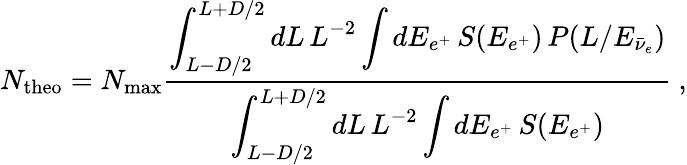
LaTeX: N_{\mathrm{theo}}=N_{\mathrm{max}}\frac{\displaystyle\int_{L-D/2}^{L+D/2}dL\, L^{-2}\int dE_{e^{+}}\, S(E_{e^{+}})\, P(L/E_{\bar{\nu}_{e}})}{\displaystyle\int_{L-D/2}^{L+D/2}dL\, L^{-2}\int dE_{e^{+}}\, S(E_{e^{+}})}\ ,